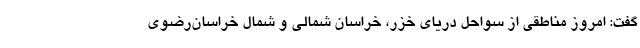
گفت: امروز مناطقی از سواحل دریای خزر، خراسان شمالی و شمال خراسان‌رضوی